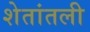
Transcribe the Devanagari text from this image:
शेतांतली